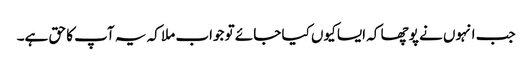
جب انہوں نے پوچھا کہ ایسا کیوں کیا جائے تو جواب ملا کہ یہ آپ کا حق ہے۔